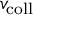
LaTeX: v _ { \mathrm { c o l l } }